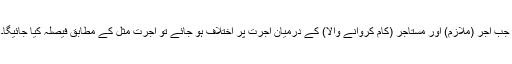
جب آجر (ملازم) اور مستاجر (کام کروانے والا) کے درمیان اجرت پر اختلاف ہو جائے تو اجرت مثل کے مطابق فیصلہ کیا جائیگا۔